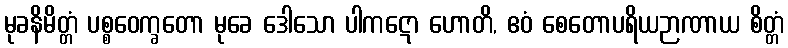
မုခနိမိတ္တံ ပစ္စဝေက္ခတော မုခေ ဒေါသော ပါကဋော ဟောတိ, ဧဝံ စေတောပရိယဉာဏာယ စိတ္တံ